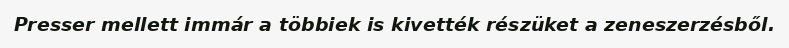
Presser mellett immár a többiek is kivették részüket a zeneszerzésből.